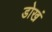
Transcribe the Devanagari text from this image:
डोखं